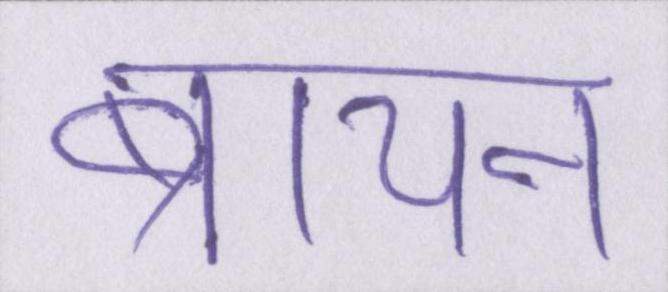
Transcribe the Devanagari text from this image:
ब्रायन